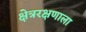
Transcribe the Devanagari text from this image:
क्षेत्ररक्षणाला